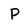
Character: P